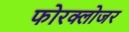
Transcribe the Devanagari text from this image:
फोरक्लोजर